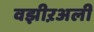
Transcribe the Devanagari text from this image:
वझीऱअली